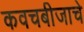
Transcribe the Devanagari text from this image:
कवचबीजाचे